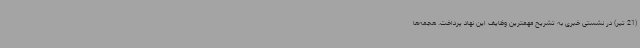
(21 تیر) در نشستی خبری به تشریح مهمترین وظایف این نهاد پرداخت. هجمه‌ها